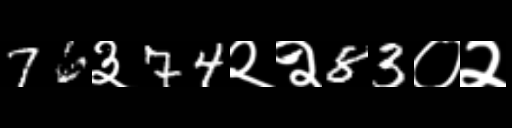
Text: 76३74२२83०२